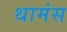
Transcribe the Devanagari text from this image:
थामंस